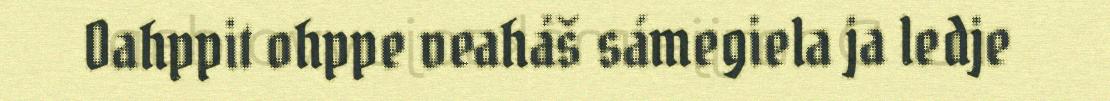
Oahppit ohppe veaháš sámegiela ja ledje